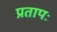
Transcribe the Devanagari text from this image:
प्रतापः